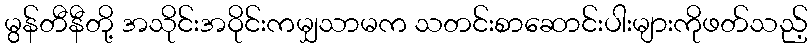
မွန်တီနီတို့ အသိုင်းအဝိုင်းကမျှသာမက သတင်းစာဆောင်းပါးများကိုဖတ်သည့်